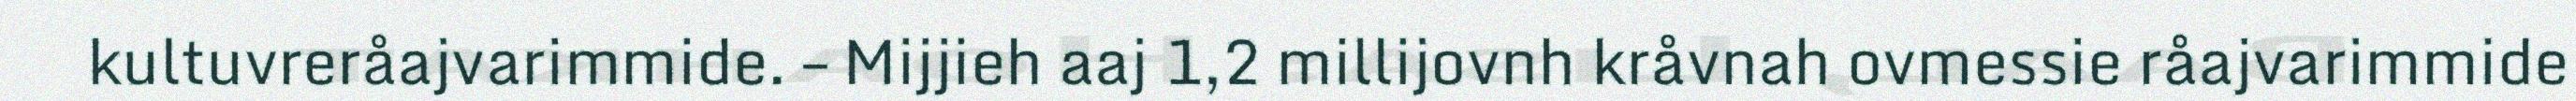
kultuvreråajvarimmide. – Mijjieh aaj 1,2 millijovnh kråvnah ovmessie råajvarimmide